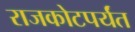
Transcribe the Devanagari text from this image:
राजकोटपर्यंत